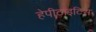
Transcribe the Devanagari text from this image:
हेपीटाइटिस